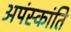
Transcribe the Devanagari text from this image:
अपंस्कांति